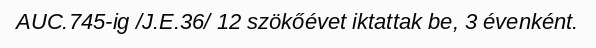
AUC.745-ig /J.E.36/ 12 szökőévet iktattak be, 3 évenként.